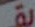
يقــ